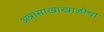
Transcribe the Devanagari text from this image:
अन्नासाखाखाळीचा